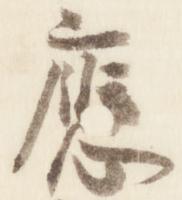
応